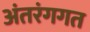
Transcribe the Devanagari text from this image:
अंतरंगगत